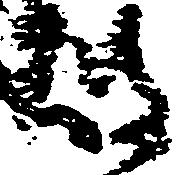
披